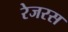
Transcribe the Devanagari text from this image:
रेजरस